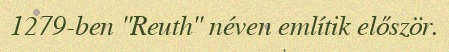
1279-ben "Reuth" néven említik először.